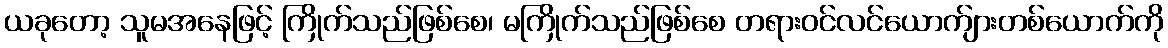
ယခုတော့ သူမအနေဖြင့် ကြိုက်သည်ဖြစ်စေ၊ မကြိုက်သည်ဖြစ်စေ တရားဝင်လင်ယောက်ျားတစ်ယောက်ကို